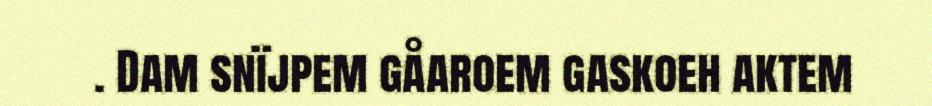
. Dam snïjpem gåaroem gaskoeh aktem